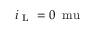
i _ { \mathrm { ~ L ~ } } = 0 \, \mathrm { \ m u }